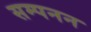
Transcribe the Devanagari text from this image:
सम्पनन